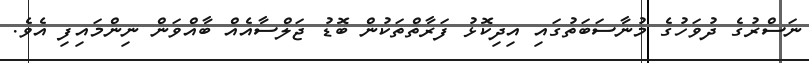
ނަސްރުގެ ދުވަހުގެ މުނާސަބަތުގައި އިދިކޮޅު ފަރާތްތަކުން ބޮޑު ޖަލްސާއެއް ބާއްވަން ނިންމައިފި އެވެ.